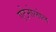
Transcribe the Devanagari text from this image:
एटेनोलोल